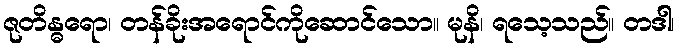
ဇုတိန္ဓရော၊ တန်ခိုးအရောင်ကိုဆောင်သော။ မုနိ၊ ရသေ့သည်။ တဒါ၊